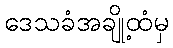
ဒေသခံအချို့ထံမှ